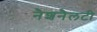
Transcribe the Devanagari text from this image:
नैशनैलटी